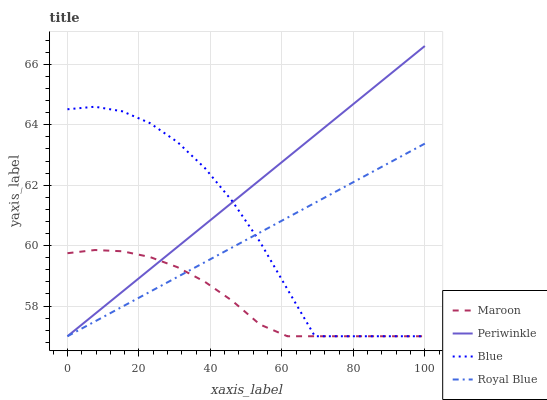
| xaxis_label | Maroon | Periwinkle | Blue | Royal Blue |
 | --- | --- | --- | --- | --- |
 | 0 | 59.7 | 57 | 64.5 | 57 |
 | 7.69 | 59.9 | 57.7 | 64.6 | 57.5 |
 | 15.4 | 59.8 | 58.5 | 64.4 | 58 |
 | 23.1 | 59.6 | 59.2 | 64.1 | 58.5 |
 | 30.8 | 59.3 | 60 | 63.4 | 59 |
 | 38.5 | 58.8 | 60.7 | 62.6 | 59.5 |
 | 46.2 | 58.2 | 61.4 | 61.5 | 59.9 |
 | 53.8 | 57.4 | 62.2 | 60.1 | 60.4 |
 | 61.5 | 57 | 62.9 | 58.6 | 60.9 |
 | 69.2 | 57 | 63.7 | 57 | 61.4 |
 | 76.9 | 57 | 64.4 | 57 | 61.9 |
 | 84.6 | 57 | 65.1 | 57 | 62.4 |
 | 92.3 | 57 | 65.9 | 57 | 62.9 |
 | 100 | 57 | 66.6 | 57 | 63.4 |